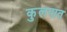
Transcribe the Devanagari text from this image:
कुलपात